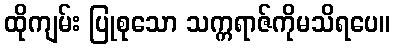
ထိုကျမ်း ပြုစုသော သက္ကရာဇ်ကိုမသိရပေ။